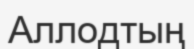
Аллодтың